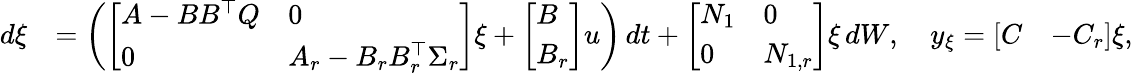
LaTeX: \begin{array}{rl}{d\xi}&{=\left(\left[\begin{array}{ll}{A-BB^{\top}Q}&{0}\\ {0}&{A_{r}-B_{r}B_{r}^{\top}\Sigma_{r}}\end{array}\right]\xi+\left[\begin{array}{l}{B}\\ {B_{r}}\end{array}\right]u\right)\, dt+\left[\begin{array}{ll}{N_{1}}&{0}\\ {0}&{N_{1,r}}\end{array}\right]\xi\, dW,\quad y_{\xi}=\left[\begin{array}{ll}{C}&{-C_{r}}\end{array}\right]\xi,}\end{array}